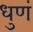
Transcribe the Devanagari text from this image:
धुणं